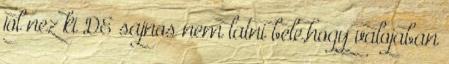
jol nez ki DE sajnos nem latni bele,hogy valojaban